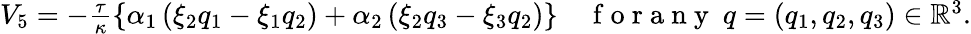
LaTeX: \begin{array}{r}{V_{5}=-\frac{\tau}{\kappa}\left\lbrace\alpha_{1}\left(\xi_{2}q_{1}-\xi_{1}q_{2}\right)+\alpha_{2}\left(\xi_{2}q_{3}-\xi_{3}q_{2}\right)\right\rbrace\quad\mathrm{~f~o~r~a~n~y~}~q=(q_{1},q_{2},q_{3})\in\mathbb{R}^{3}.}\end{array}